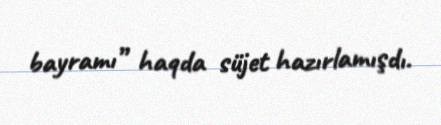
bayramı” haqda süjet hazırlamışdı.